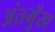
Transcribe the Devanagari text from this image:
अंतमुँख